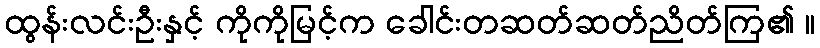
ထွန်းလင်းဦးနှင့် ကိုကိုမြင့်က ခေါင်းတဆတ်ဆတ်ညိတ်ကြ၏ ။